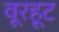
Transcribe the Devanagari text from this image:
वूरहूट